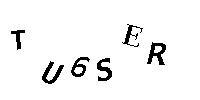
TU6SER